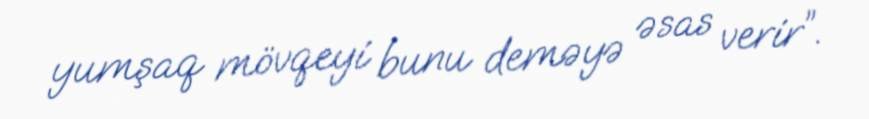
yumşaq mövqeyi bunu deməyə əsas verir”.